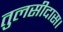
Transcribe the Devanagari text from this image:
तुलसीदास।